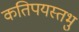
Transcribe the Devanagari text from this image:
कतिपयस्तभु